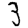
Digit: 3